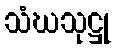
သံဃသုဋ္ဌု